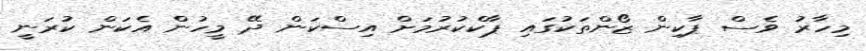
މިހާރު ވެސް ޕާކިން ޒޯންތަކުގައި ޕާކްކުރުމަށް އިސްކަން ދޭ މީހުން އެކަން ކުރަނީ